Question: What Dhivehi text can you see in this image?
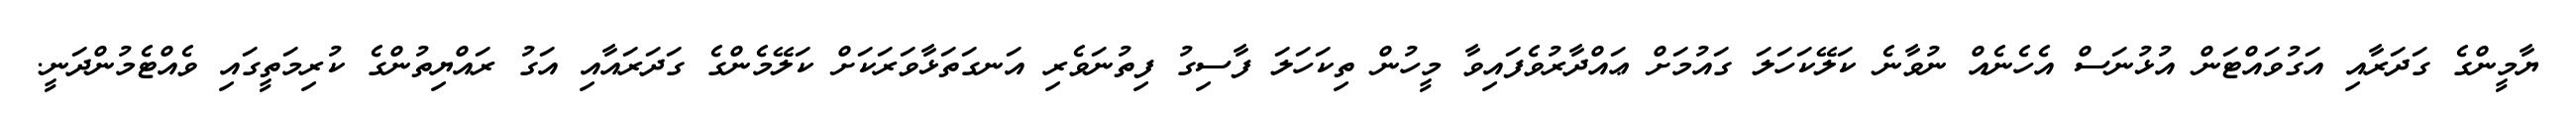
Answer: ޔާމީންގެ ގަދަރާއި އަގުވައްޓަން އުޅުނަސް އެހެނެއް ނުވާނެ ކަލޭކަހަލަ ގައުމަށް ޢައްދާރުވެފައިވާ މީހުން ތިކަހަލަ ފާސިގު ފިތުނަވެރި އަނގަތަޅާވަރަކަށް ކަލޭމެންގެ ގަދަރައާއި އަގު ރައްޔިތުންގެ ކުރިމަތީގައި ވެއްޓެމުންދަނީ.